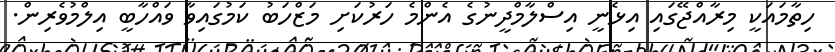
ހިތާމައަކީ މިރާއްޖޭގައި އިޅެނީ އިސްލާމްދީނުގެ އެންމެ ހަރުކަށި މަޒްހަބު ކަމުގައިވާ ވައްހާބީ އިލްމުވެރިން.